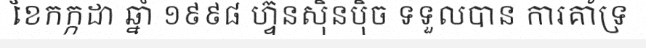
ខែកក្កដា ឆ្នាំ ១៩៩៨ ហ្វ៊ុនស៊ិនប៉ិច ទទួលបាន ការគាំទ្រ